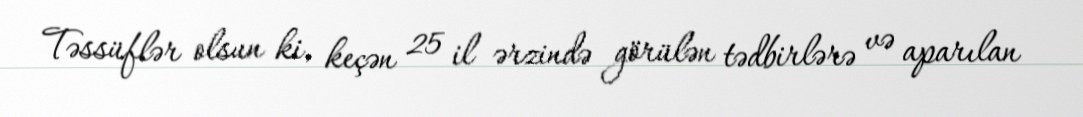
Təssüflər olsun ki, keçən 25 il ərzində görülən tədbirlərə və aparılan